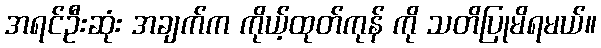
အရင်ဦးဆုံး အချက်က ကိုယ့်ထုတ်ကုန် ကို သတိပြုမိရမယ်။